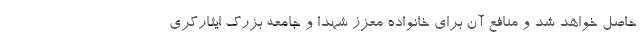
حاصل خواهد شد و منافع آن برای خانواده معزز شهدا و جامعه بزرگ ایثارگری